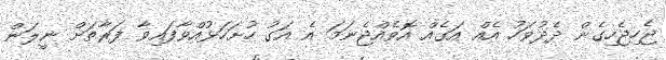
ޖެހިޖެހިގެން ދެދުވަހު އެއް އަގެއް އޮވެއްޖެނަމަ އެ އަގު ހުށަހަޅުއްވާފައިވާ ފަރާތަށް ނީލަން